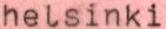
helsinki